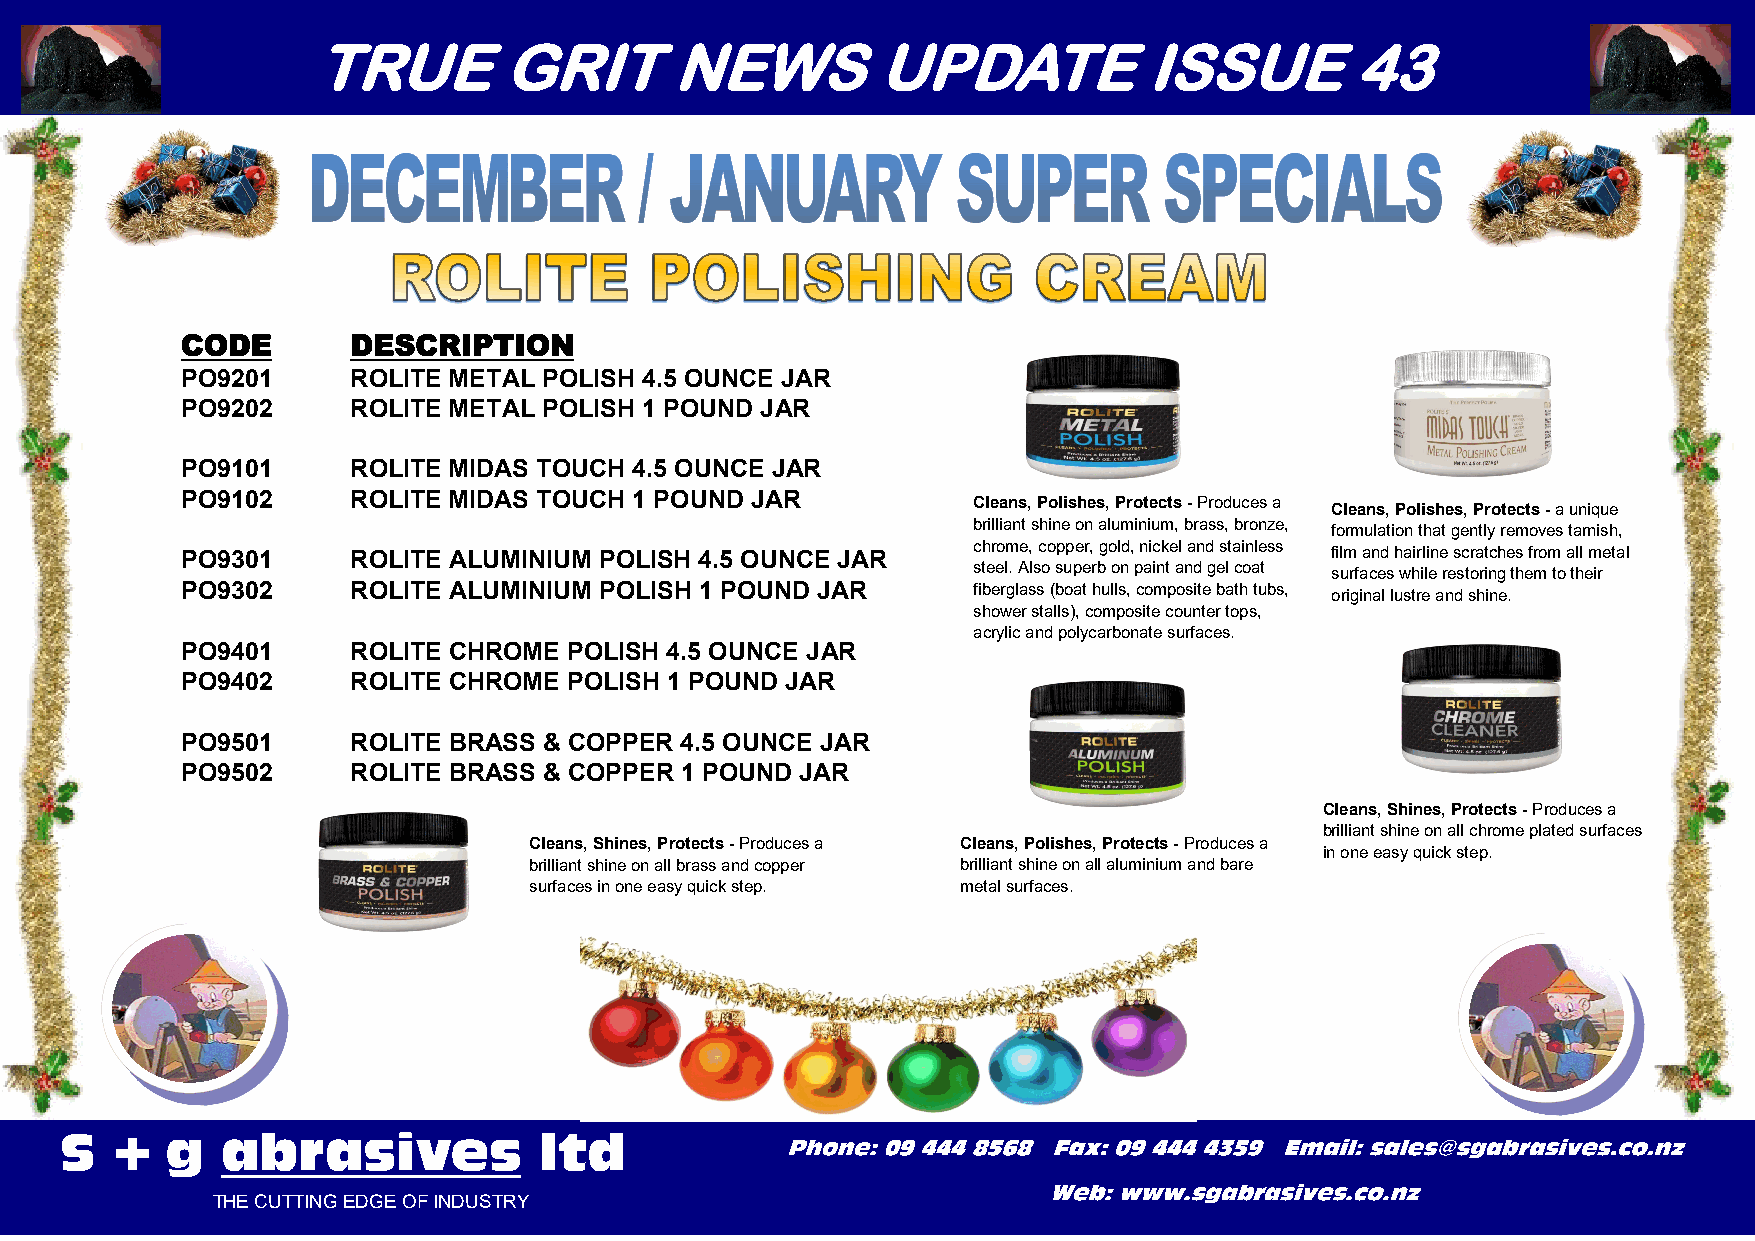
TRUE        GRIT       NEWS          UPDATE            ISSUE         43
 CODE       DESCRIPTION
 PO9201     ROLITE METAL POLISH 4.5 OUNCE JAR
 PO9202     ROLITE METAL POLISH 1 POUND JAR
 PO9101     ROLITE MIDAS TOUCH 4.5 OUNCE JAR
 PO9102     ROLITE MIDAS TOUCH 1 POUND JAR
 Cleans, Polishes, Protects - Produces a Cleans, Polishes, Protects - a unique
 brilliant shine on aluminium, brass, bronze, formulation that gently removes tarnish,
 PO9301     ROLITE ALUMINIUM POLISH 4.5 OUNCE JAR    chrome, copper, gold, nickel and stainless film and hairline scratches from all metal
 steel. Also superb on paint and gel coat surfaces while restoring them to their
 PO9302     ROLITE ALUMINIUM POLISH 1 POUND JAR      fiberglass (boat hulls, composite bath tubs, original lustre and shine.
 shower stalls), composite counter tops,
 acrylic and polycarbonate surfaces.
 PO9401     ROLITE CHROME  POLISH 4.5 OUNCE JAR
 PO9402     ROLITE CHROME  POLISH 1 POUND JAR
 PO9501     ROLITE BRASS & COPPER 4.5 OUNCE JAR
 PO9502     ROLITE BRASS & COPPER 1 POUND JAR
 Cleans, Shines, Protects - Produces a
 brilliant shine on all chrome plated surfaces
 Cleans, Shines, Protects - Produces a Cleans, Polishes, Protects - Produces a
 in one easy quick step.
 brilliant shine on all brass and copper brilliant shine on all aluminium and bare
 surfaces in one easy quick step. metal surfaces.
 THE CUTTING EDGE OF INDUSTRY